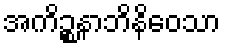
အကိဉ္စနာဘိနိဝေသာ